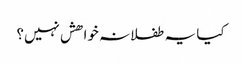
کیا یہ طفلانہ خواھش نہیں؟